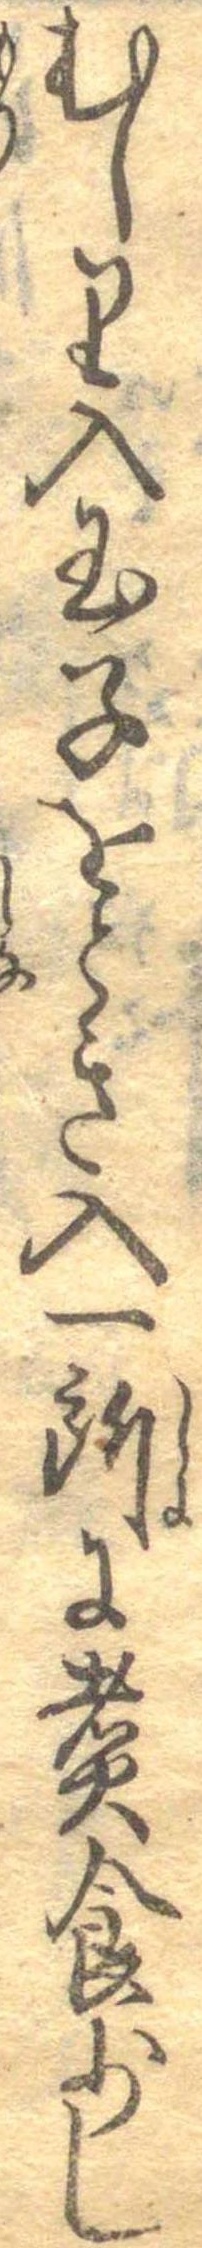
むしり入玉子をとき入一所に煮食少し